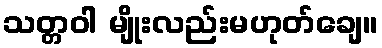
သတ္တဝါ မျိုးလည်းမဟုတ်ချေ။